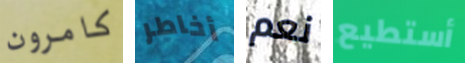
كامرون أخاطر نعم أستطيع